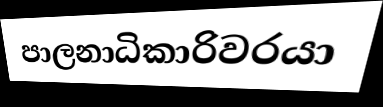
පාලනාධිකාරිවරයා